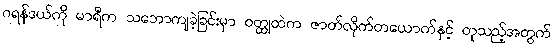
ဂရန်ဒယ်ကို မာရီက သဘောကျခဲ့ခြင်းမှာ ဝတ္ထုထဲက ဇာတ်လိုက်တယောက်နှင့် တူသည့်အတွက်